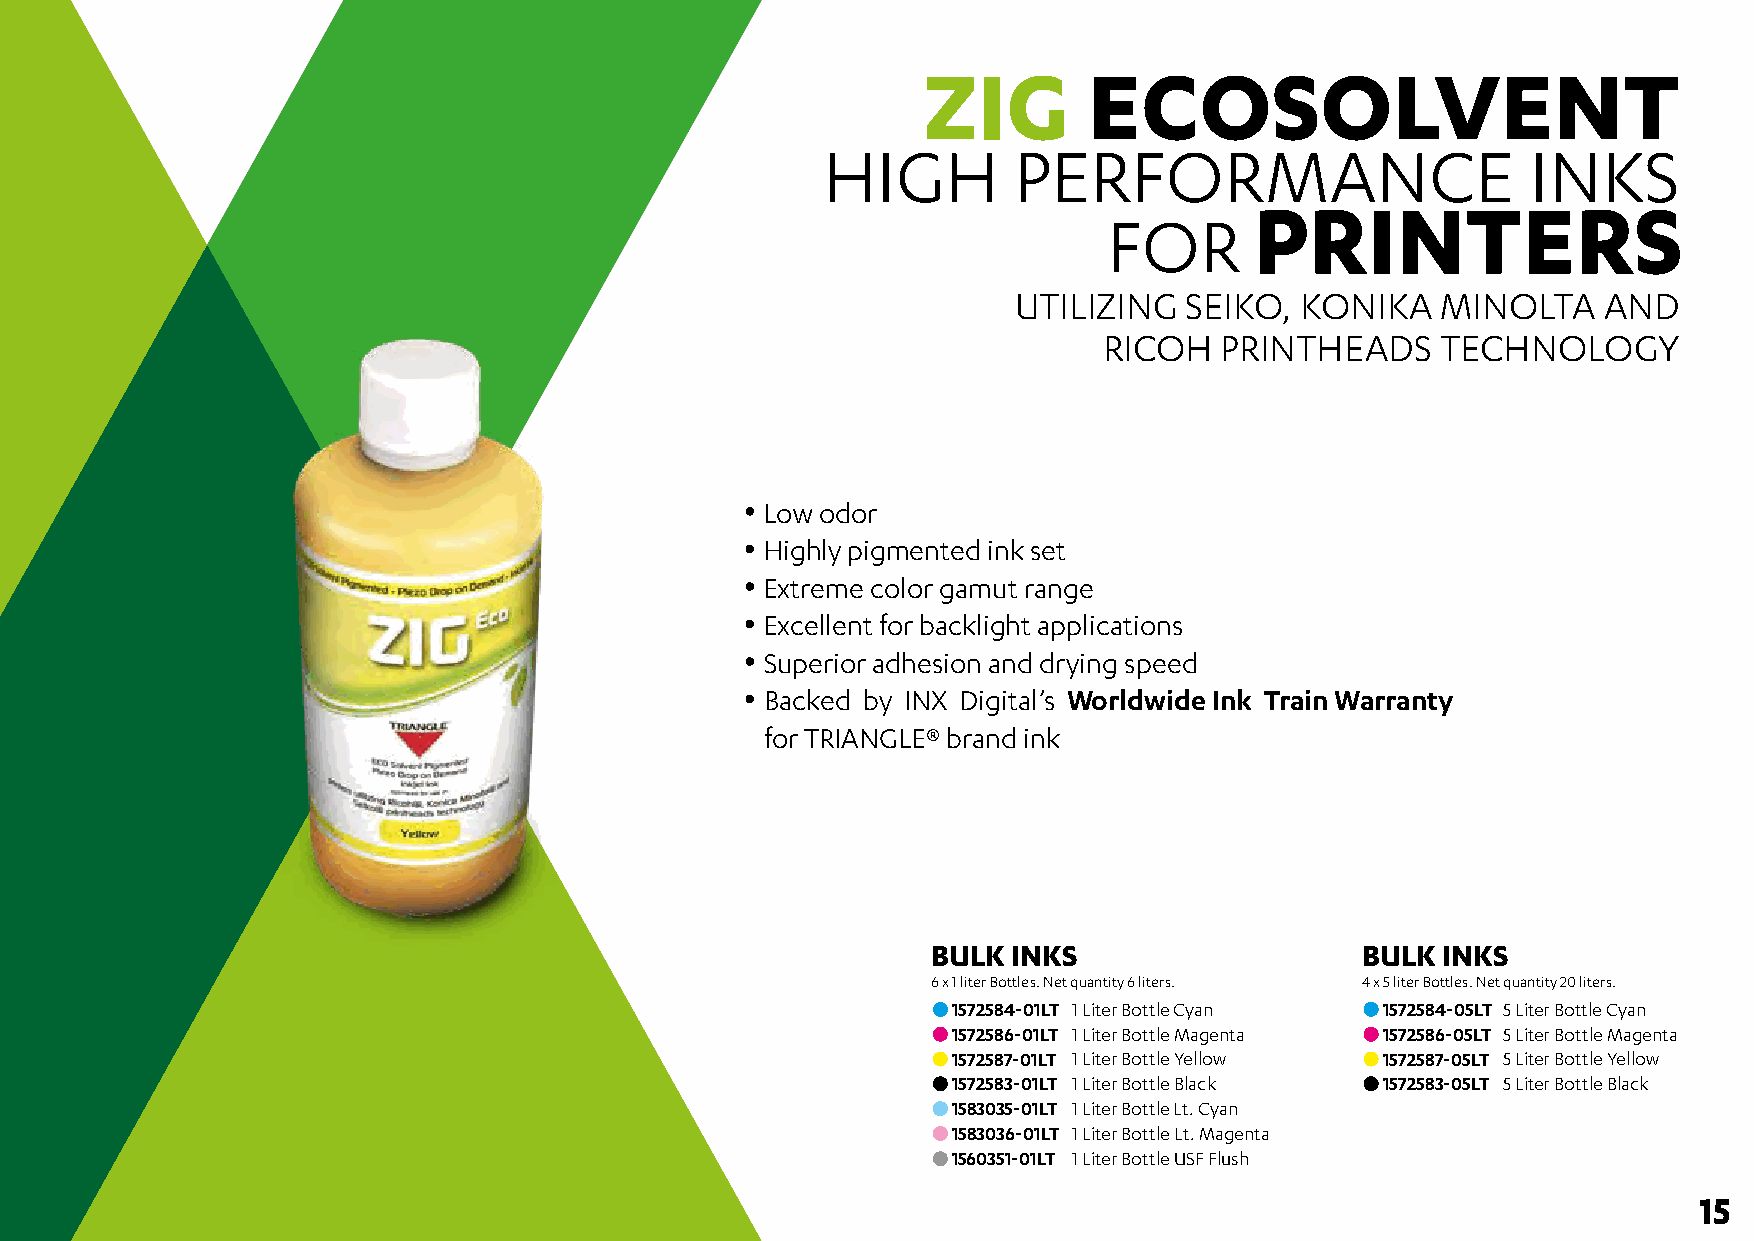
ZIG        ECOSOLVENT
 HIGH         PERFORMANCE                       INKS
 PRINTERS
 FOR
 UTILIZING   SEIKO, KONIKA   MINOLTA    AND
 RICOH   PRINTHEADS    TECHNOLOGY
 • Low odor
 • Highly pigmented ink set
 • Extreme color gamut range
 • Excellent for backlight applications
 • Superior adhesion and drying speed
 • Backed by INX Digital’s Worldwide Ink Train Warranty
 • for TRIANGLE® brand ink
 BULK INKS                   BULK INKS
 6 x 1 liter Bottles. Net quantity 6 liters. 4 x 5 liter Bottles. Net quantity 20 liters.
 1572584-01LT 1 Liter Bottle Cyan 1572584-05LT 5 Liter Bottle Cyan
 1572586-01LT 1 Liter Bottle Magenta 1572586-05LT 5 Liter Bottle Magenta
 1572587-01LT 1 Liter Bottle Yellow 1572587-05LT 5 Liter Bottle Yellow
 1572583-01LT 1 Liter Bottle Black 1572583-05LT 5 Liter Bottle Black
 1583035-01LT 1 Liter Bottle Lt. Cyan
 1583036-01LT 1 Liter Bottle Lt. Magenta
 1560351-01LT 1 Liter Bottle USF Flush
 15